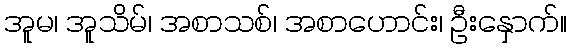
အူမ၊ အူသိမ်၊ အစာသစ်၊ အစာဟောင်း၊ ဦးနှောက်။